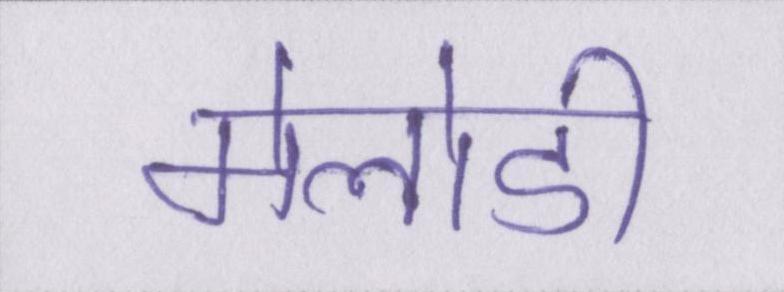
मेलोडी